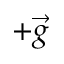
+ \vec { g }